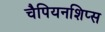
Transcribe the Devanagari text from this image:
चैपियनशिप्स